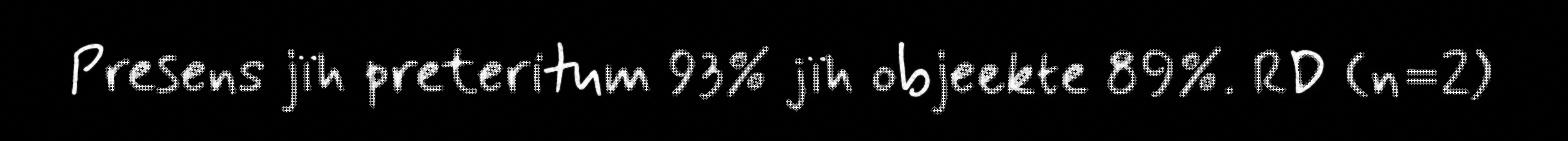
Presens jïh preteritum 93% jïh objeekte 89%. RD (n=2)